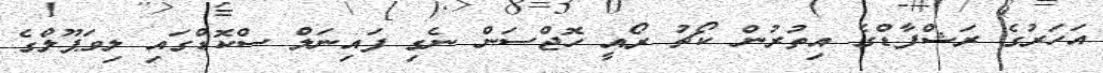
އަހަރުގެ ރަޝްފާޑްގެ އިތުރުން ކޯޗު ރޯއީ ހޮޖްސަން ނެގި ފައިނަލް ސްކޮޑްގައި ލިވަޕޫލްގެ